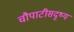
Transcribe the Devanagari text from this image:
चौपाटीसदृष्य